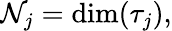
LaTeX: \mathcal{N}_{j}=\dim(\tau_{j}),